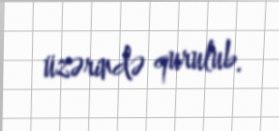
üzərində qurulub.